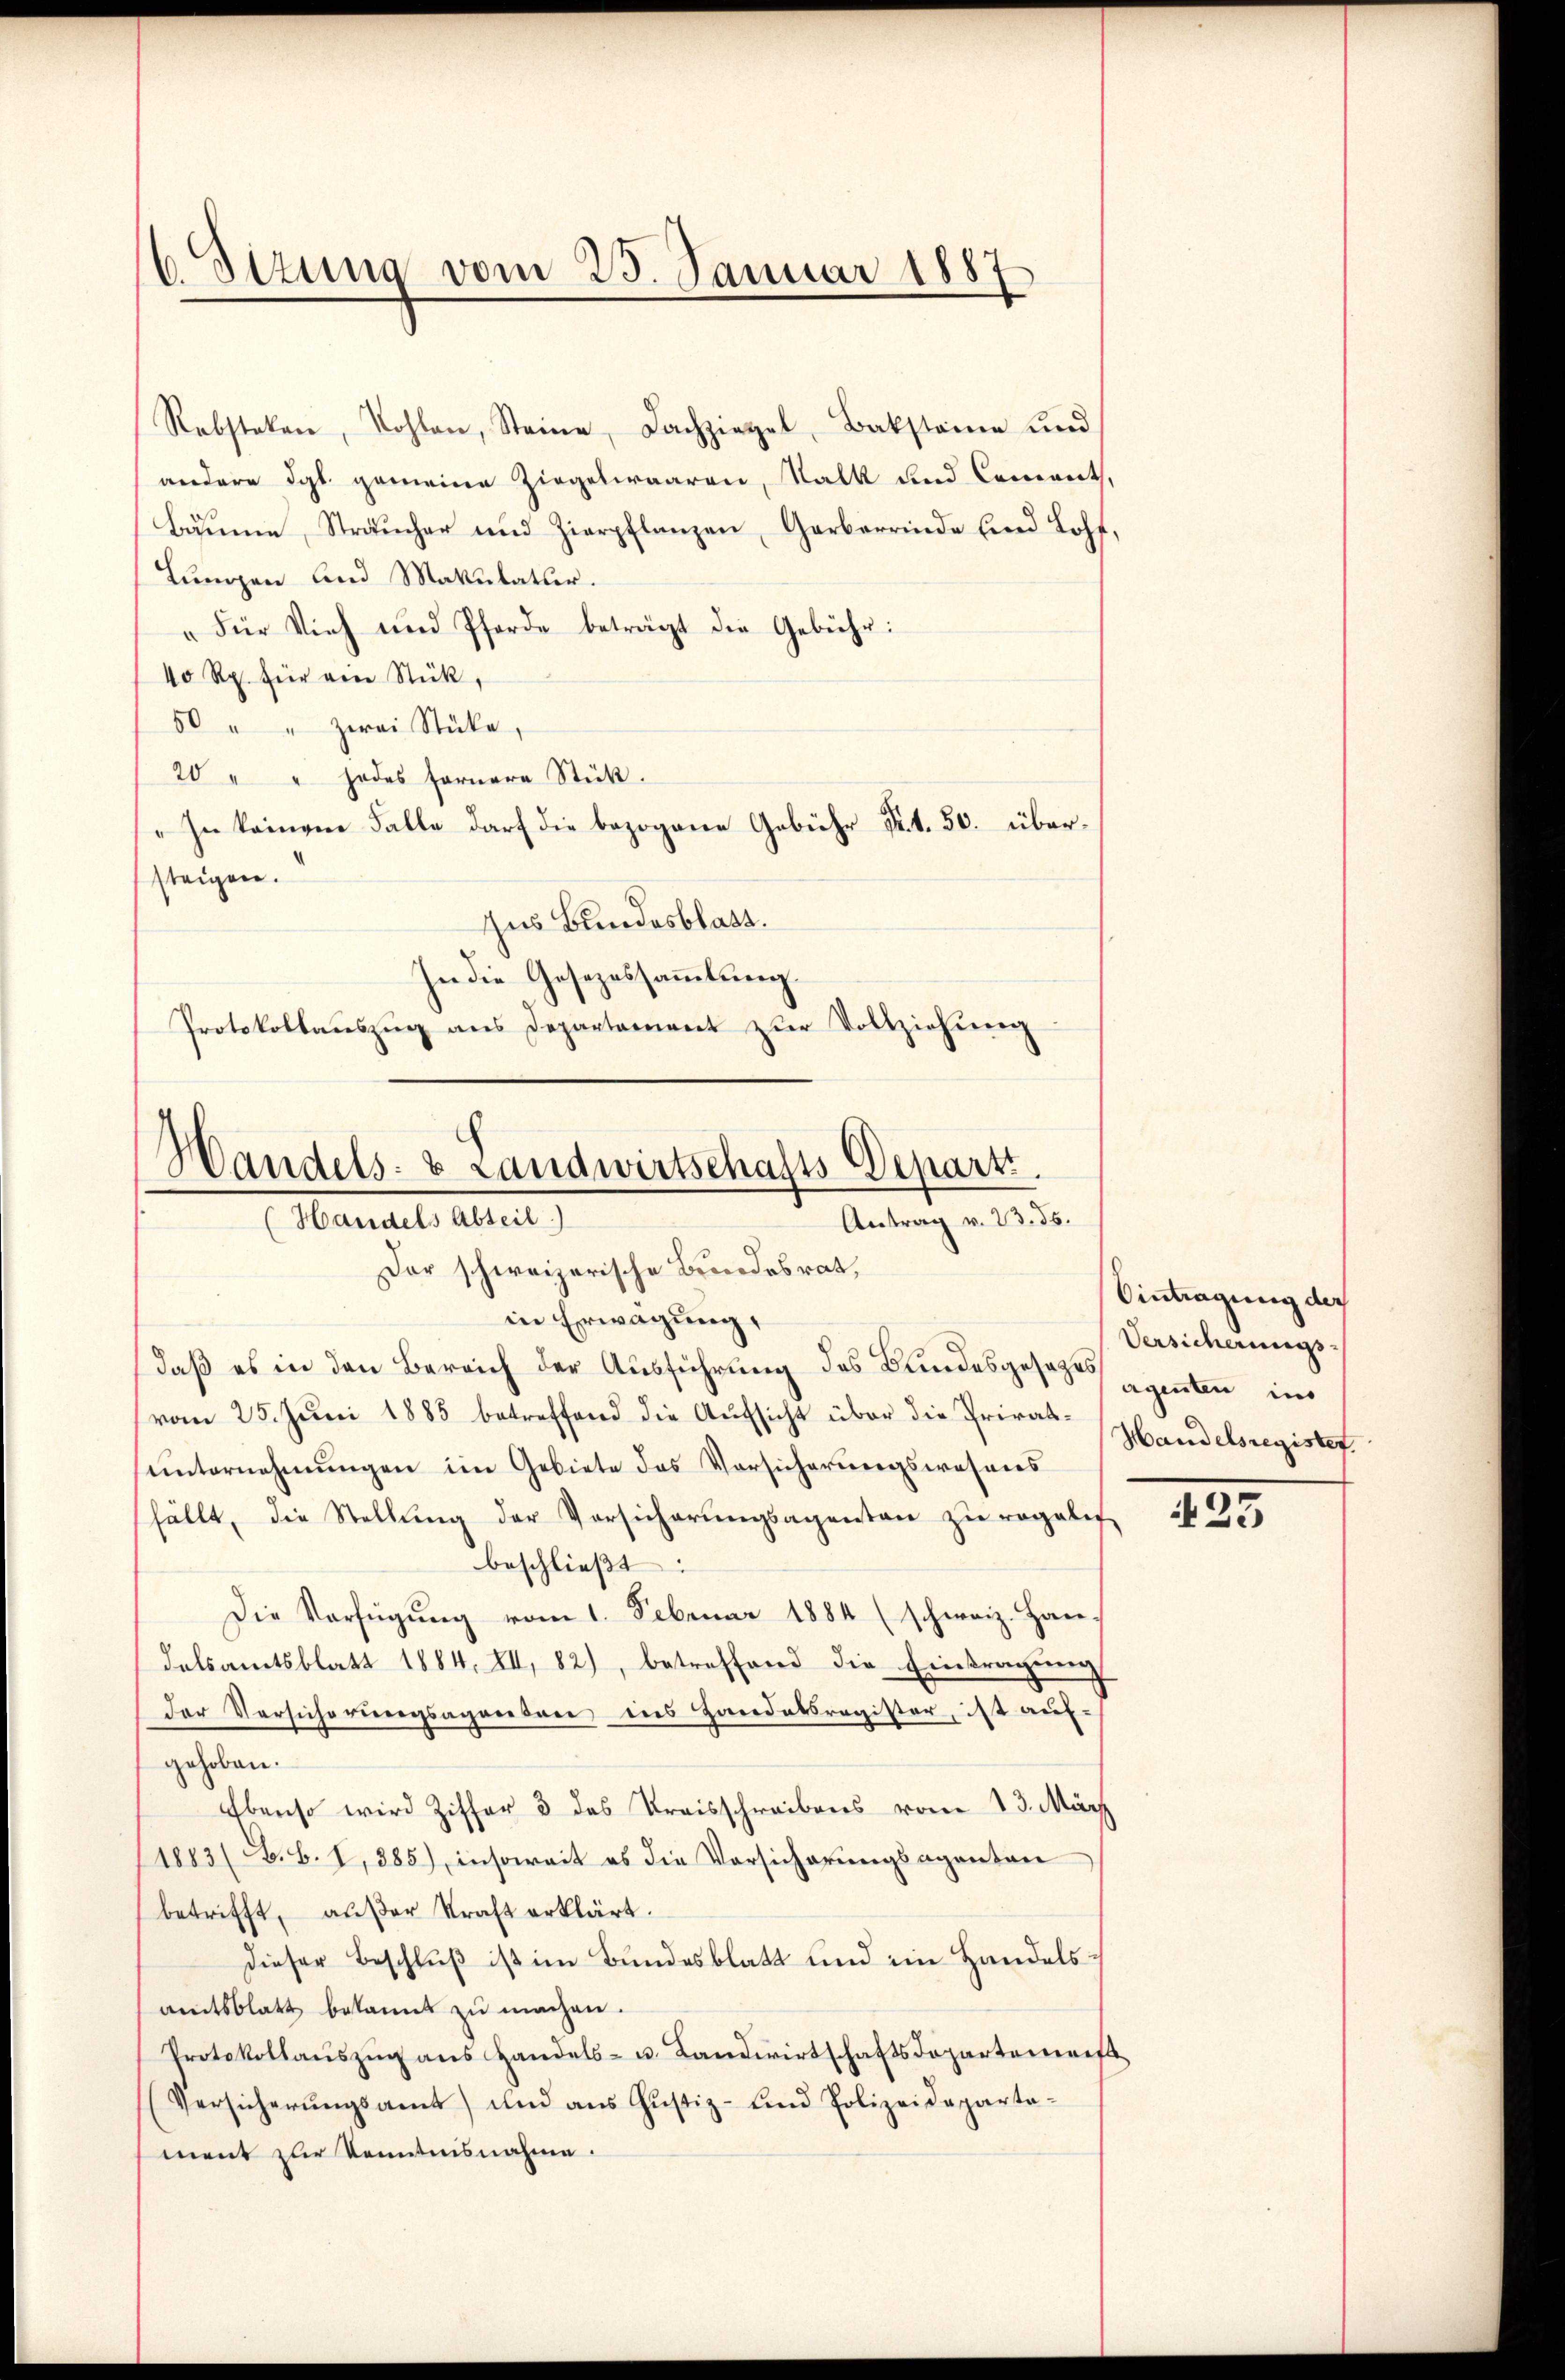
OStzung vom 23. Januar 1887

Rebsteken, Kohlen, Steine Fachziegel, Bakstaine und
andere dgl. gemeine Ziegelwaaren, Salk und Coment,
bäŭme, Sträucher und Zierpflanzen, Garberrinde sind Lohf,
Lungen und Makulatur.
"Für Vieh und Pferde beträgt die Gebühr:
40 Rp. für ein Stück,
50 " " zwei Stücke,
20 " " jedes fernere Stück.
In keinem Falle darf die bezogene Gebühr Nr. 1. 50. übersteigen.
zhus Bundesblatt.
In die Gesezessammlung.
Protokollaŭszŭg ans Departament zŭr Vollziehŭng

Handels- & Landwirtschafts-Depart.
Antrag v. 23. 85.
(Handels Abteil)
Der schweizerische Bundesrat,

in Erwägung,
daß es in den Bereich der Ausführung des Bundesgesetzes gegenten im
vom 25. Juni 1885 betreffend die Aufsicht über die Privatŭnternehmungen im Gebiete des Vorsicherungswesens
fällt, die Stellŭng der Vorsicherŭngsagenten zŭ regalis
beschließt:
Die Verfügung vom 1. Februar 1884 (schweiz. Handelsamtsblatt 1884. XII, 82), betreffend die Eintragung
Der Versicherungsapperson ins Handatsregister, ist auf-
gehoben.
Ebenso wird Ziffer 3 des Kreisschreibens vom 13. März
1883 (B.B. I, 885), insoweit es die Vorsicherungsagentan
betrifft, außer Kraft erklärt.
Dieser Beschluß ist im Bundesblatt und im Handelsamtsblatt bekannt zu machen.
Protokollauszug aus Handels- u. Landwirtschaftsdopartemeiß
Versicherŭngsamt) und aŭs Jŭstiz- und Polizeideparta-
ment zur Kenntnisnahme.

Eintragung der
Versicherungs-
Handelsregistet.

223